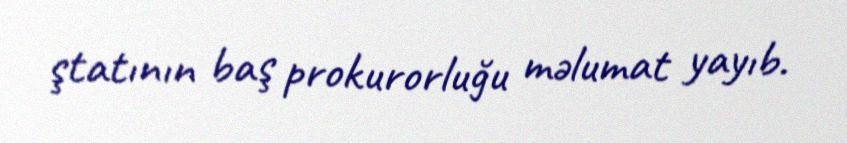
ştatının baş prokurorluğu məlumat yayıb.